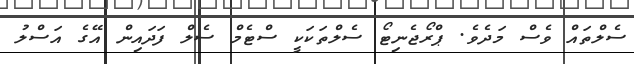
ސެލްތައް ވެސް މަދެވެ. ޕްރޯޖެނިޓޯ ސެލްތަކަކީ ސްޓެމް ސެލް ފަދައިން އޭގެ އަސްލު